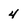
Character: 4